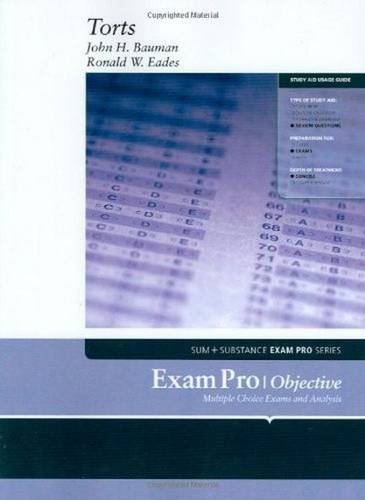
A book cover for Exam Pro on Torts; John Bauman; Law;